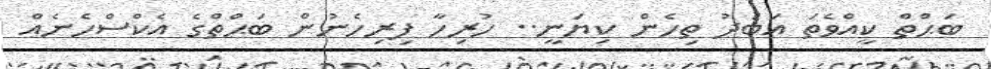
ބަޙްތް ކީއްވެތަ އަބަދު ތިހެން ކިޔަނީ.. ހުރިހާ ފިރިހެނުން ބަޙްތްގެ އެކްސްހެނެއް